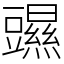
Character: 䝃